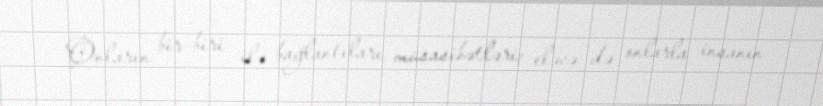
Onların bir-biri ilə bağlantıları, müsasibətləri; eləcə də onlarla insanın